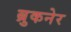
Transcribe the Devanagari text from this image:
ब्रुकनेर